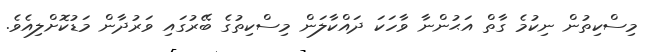
މިސްކިތުން ނިކުމެ ގާތް އަޙުންނާ ވާހަކަ ދައްކާލަން މިސްކިތުގެ ބޭރުގައި ވަރުދާން މަޑުކޮށްލިއެވެ.